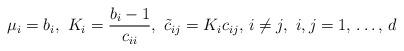
LaTeX: \begin{align*}\mu_{i}=b_{i},\thinspace \thinspace K_{i}=\frac{b_{i}-1}{c_{ii}},\thinspace \thinspace \tilde{c}_{ij}=K_{i}c_{ij},\thinspace i\ne j,\thinspace \thinspace i, j=1,\thinspace \mathellipsis ,\thinspace d\end{align*}